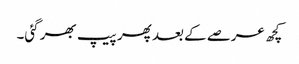
کچھ عرصے کے بعد پھر پیپ بھر گئی۔